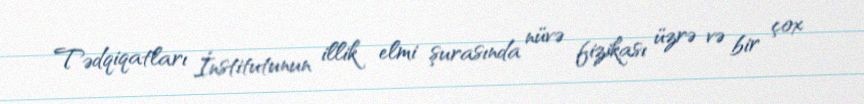
Tədqiqatları İnstitutunun illik elmi şurasında nüvə fizikası üzrə və bir çox